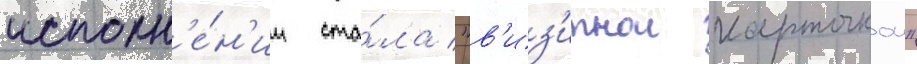
исполн'е́н'ии ста́ла "в'из'итнои карточкои"